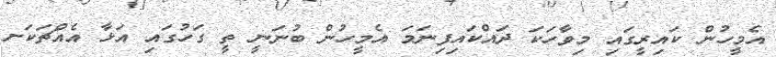
އެމީހުން ކައިރީގައި މިވާހަކަ ދައްކައިފިނަމަ އެމީހުން ބުނަނީ ތީ ގަހުގައި އަޅާ އެއްޗަކަށ